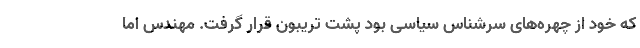
که خود از چهره‌های سرشناس سیاسی بود پشت تریبون قرار گرفت. مهندس اما